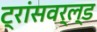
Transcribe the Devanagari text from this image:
ट्रांसवर्ल्ड